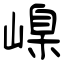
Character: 嵲